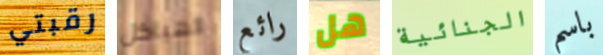
رقبتي الهياكل رائع هل الجنائية باسم